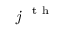
\textit { j } ^ { \mathrm { ~ t ~ h ~ } }